Vaccination Hyderabad 1872-1889 - 1872-1889
Year: 1872
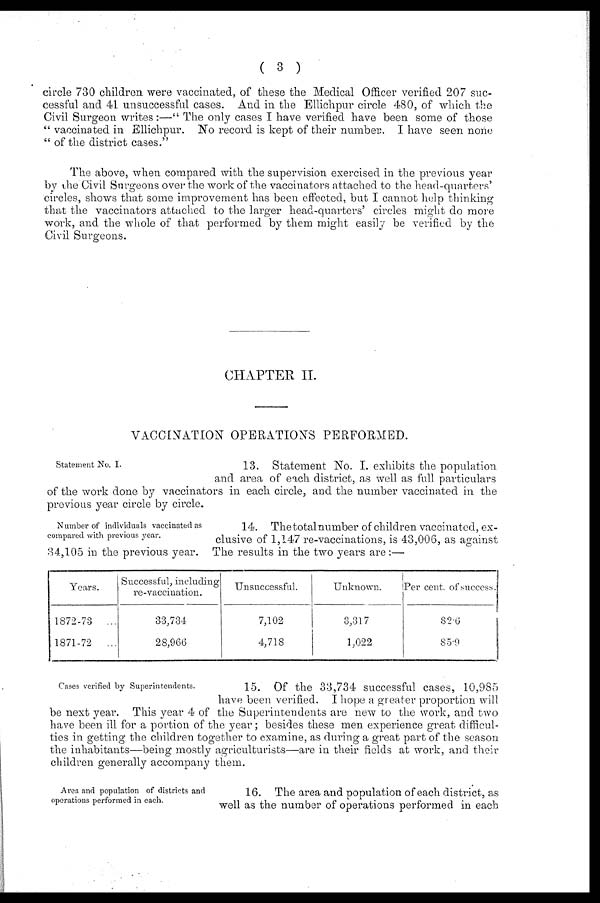
( 3 )
circle 730 children were vaccinated, of these the Medical Officer verified 207 suc-
cessful and 41 unsuccessful cases. And in the Ellichpur circle 480, of which the
Civil Surgeon writes:—" The only cases I have verified have been some of those
" vaccinated in Ellichpur. No record is kept of their number. I have seen none
" of the district cases."
The above, when compared with the supervision exercised in the previous year
by the Civil Surgeons over the work of the vaccinators attached to the head-quarters'
circles, shows that some improvement has been effected, but I cannot help thinking
that the vaccinators attached to the larger head-quarters' circles might do more
work, and the whole of that performed by them might easily be verified by the
Civil Surgeons.
CHAPTER II.
VACCINATION OPERATIONS PERFORMED.
Statement No. I.
13. Statement No. I. exhibits the population
and area of each district, as well as full particulars
of the work done by vaccinators in each circle, and the number vaccinated in the
previous year circle by circle.
Number of individuals vaccinated as
compared with previous year.
14. The total number of children vaccinated, ex-
clusive of 1,147 re-vaccinations, is 43,006, as against
34,105 in the previous year. The results in the two years are:—
Years.
1872-73
...
1871-72
...
Successful, including
re-vaccination.
33,734
28,966
Unsuccessful.
7,102
4,718
Unknown.
3,317
1,022
Per cent. of success.
82.6
85.
Cases verified by Superintendents.
15. Of the 33,734 successful cases, 10,985
have been verified. I hope a greater proportion will
be next year. This year 4 of the Superintendents sre new to the work, and two
have been ill for a portion of the year; besides these men experience great difficul-
ties in getting the children together to examine, as during a great part of the season
the inhabitants—being mostly agriculturists—are in their fields at work, and their
children generally accompany them.
Area and population of districts and
operations performed in each.
16. The area and population of each district, as
well as the number of operations performed in each